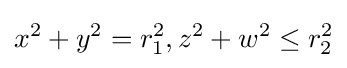
x^{2}+y^{2}=r_{1}^{2},z^{2}+w^{2}\leq r_{2}^{2}